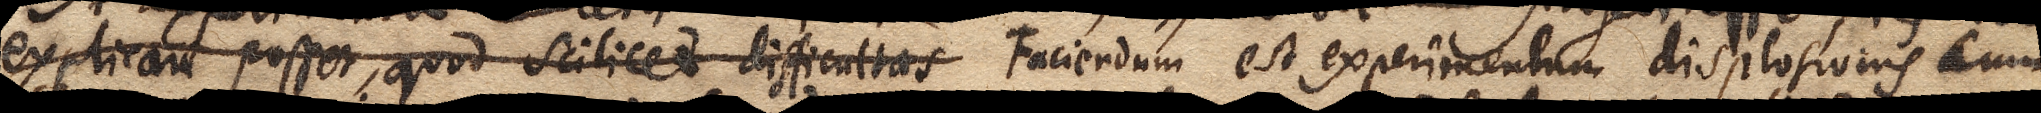
explicari posset, quod scilicet difficultas Faciendum est experimentum displosionis cum